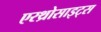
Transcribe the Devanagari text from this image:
एरथ्रोसाइट्स